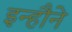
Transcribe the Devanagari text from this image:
इन्हौने